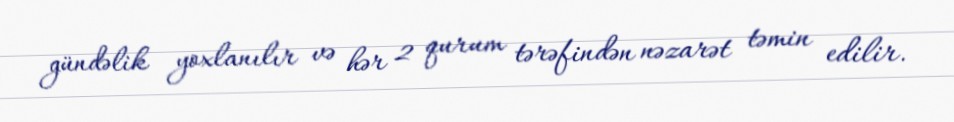
gündəlik yoxlanılır və hər 2 qurum tərəfindən nəzarət təmin edilir.